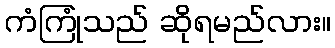
ကံကြုံသည် ဆိုရမည်လား။